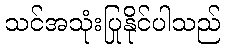
သင်အသုံးပြုနိုင်ပါသည်